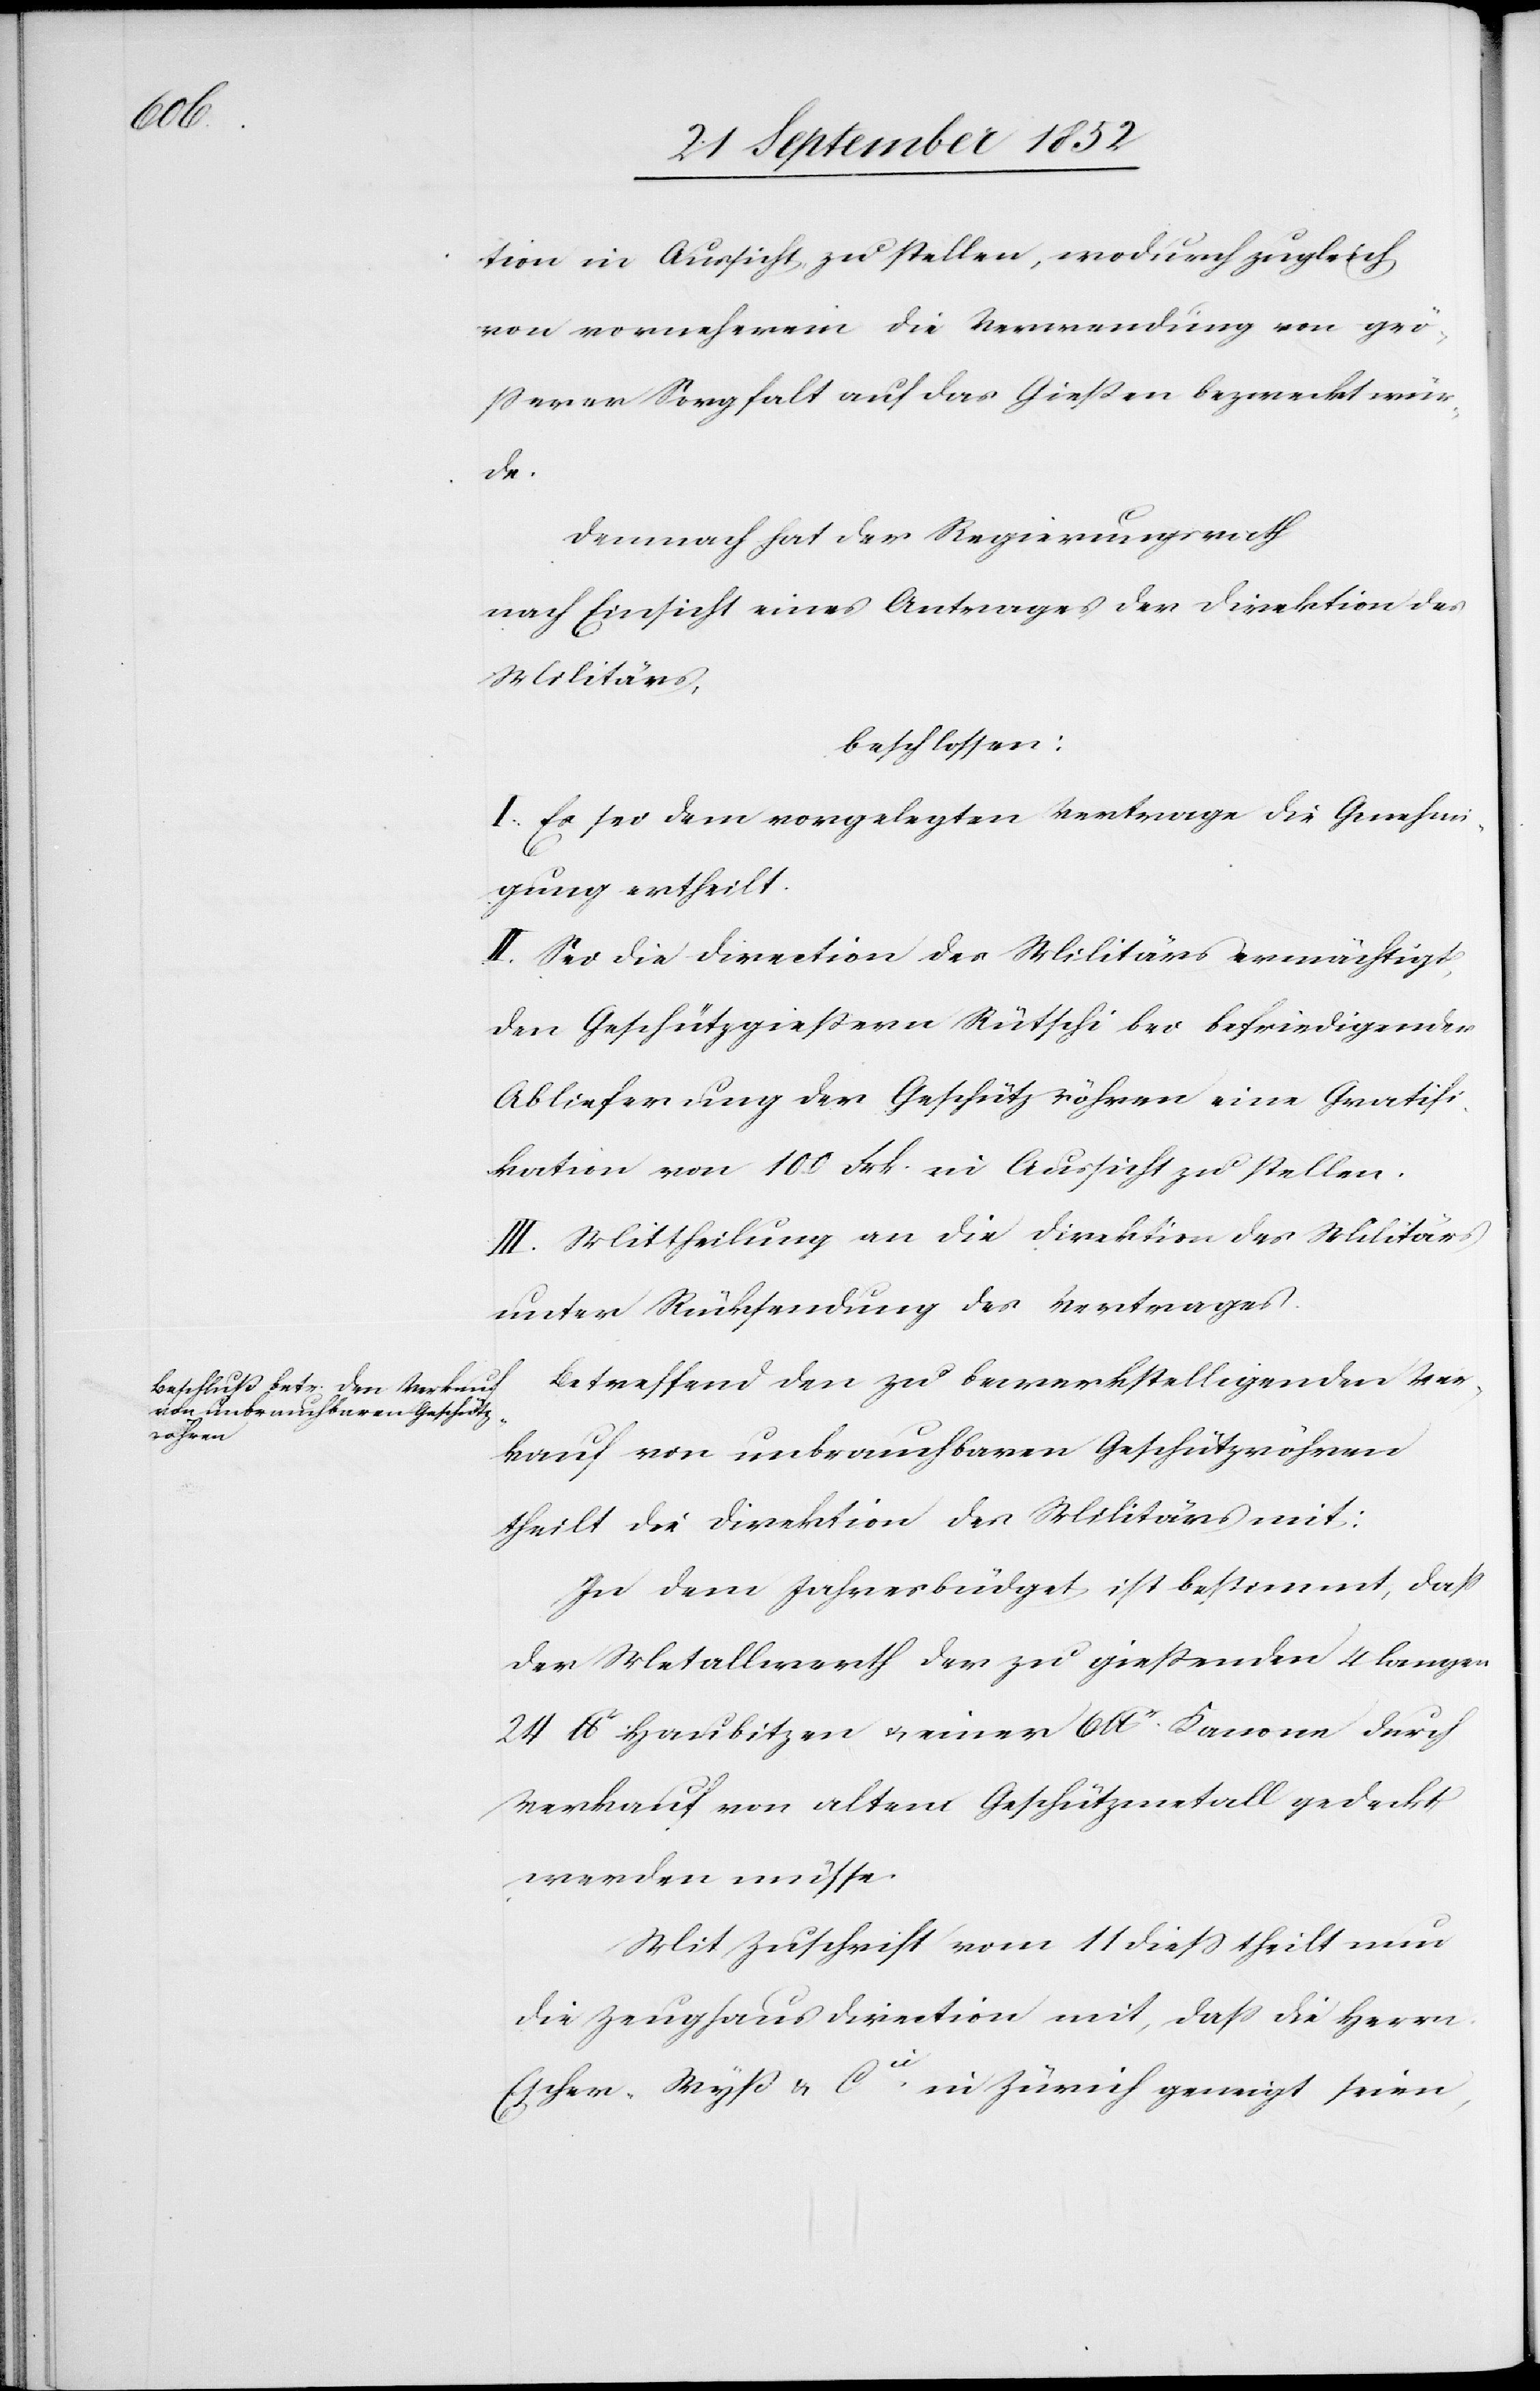
tion in Aussicht zu stellen, wodurch zugleich
von vorneherein die Verwendung von grö¬
sserer Sorgfalt auf das Gießen bezweckt wü¬
rde.
Demnach hat der Regierungsrath
nach Einsicht eines Antrages der Direktion des
Militärs,
beschlossen:
I. Es sei dem vorgelegten Vertrage die Genehmi¬
gung ertheilt.
II. Sei die Direction des Militärs ermächtigt,
den Geschützgießern Rütschi bei befriedigender
Ablieferung der Geschützröhren eine Gratifi¬
kation von 100 Frk. in Aussicht zu stellen.
III. Mittheilung an die Direktion des Militärs
unter Rücksendung des Vertrages.
Betreffend den zu bewerkstelligenden Ver¬
kauf von unbrauchbaren Geschützröhren
theilt die Direktion des Militärs mit:
In dem Jahresbüdget ist bestimmt, dass
der Metallwerth der zu gießenden 4 langen
24 lbr Haubitzen & einer 6 lbr. Kanone durch
Verkauf von altem Geschützmetall gedeckt
werden müsse.
Mit Zuschrift vom 11 diess theilt nun
die Zeughausdirection mit, dass die Herrn
Escher-Wyss & Cie. in Zürich geneigt seien,